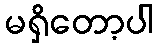
မရှိတော့ပါ